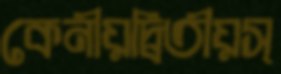
কেনীয়দ্বিতীয়স্